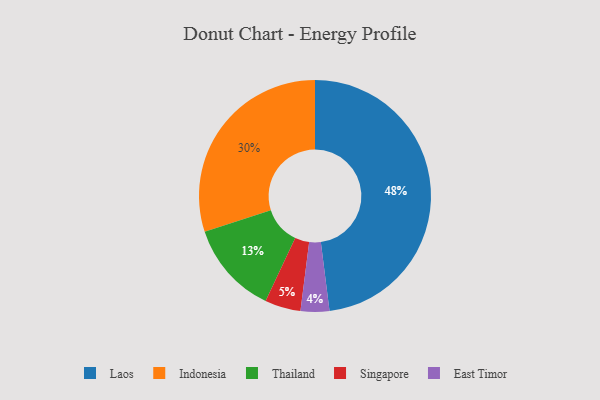
{"axis": {"x": "Category", "y": "Percentage"}, "legend": ["East Timor", "Indonesia", "Laos", "Singapore", "Thailand"], "data": [{"x": "Indonesia", "y": 30, "type": "Indonesia"}, {"x": "East Timor", "y": 4, "type": "East Timor"}, {"x": "Laos", "y": 48, "type": "Laos"}, {"x": "Thailand", "y": 13, "type": "Thailand"}, {"x": "Singapore", "y": 5, "type": "Singapore"}]}